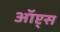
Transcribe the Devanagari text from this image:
ऑप्ट्स